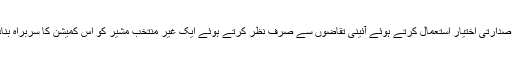
خصوصی صدارتی اختیار استعمال کرتے ہوئے آئینی تقاضوں سے صرف نظر کرتے ہوئے ایک غیر منتخب مشیر کو اس کمیشن کا سربراہ بنادیا گیا ہے۔